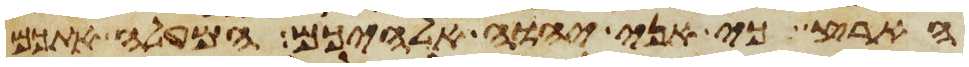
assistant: הארץ כי אני יהוה אלהיכם המעלה אתכם